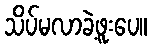
သိပ်မလာခဲ့ဖူးပေ။